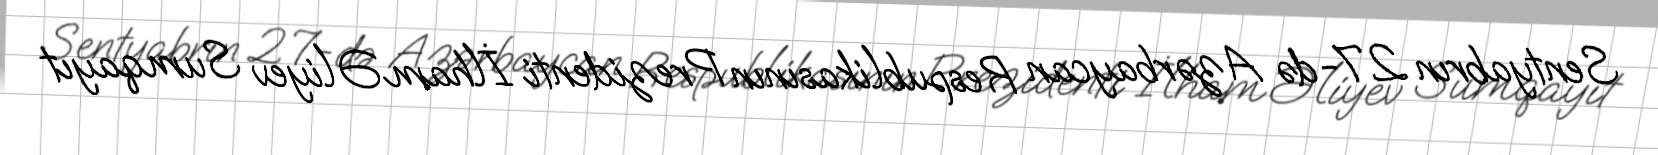
Sentyabrın 27-də Azərbaycan Respublikasının Prezidenti İlham Əliyev Sumqayıt